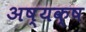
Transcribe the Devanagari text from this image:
अष्यक्ष